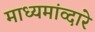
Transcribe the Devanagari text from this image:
माध्यमांव्दारे